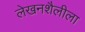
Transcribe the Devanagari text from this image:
लेखनशैलीला